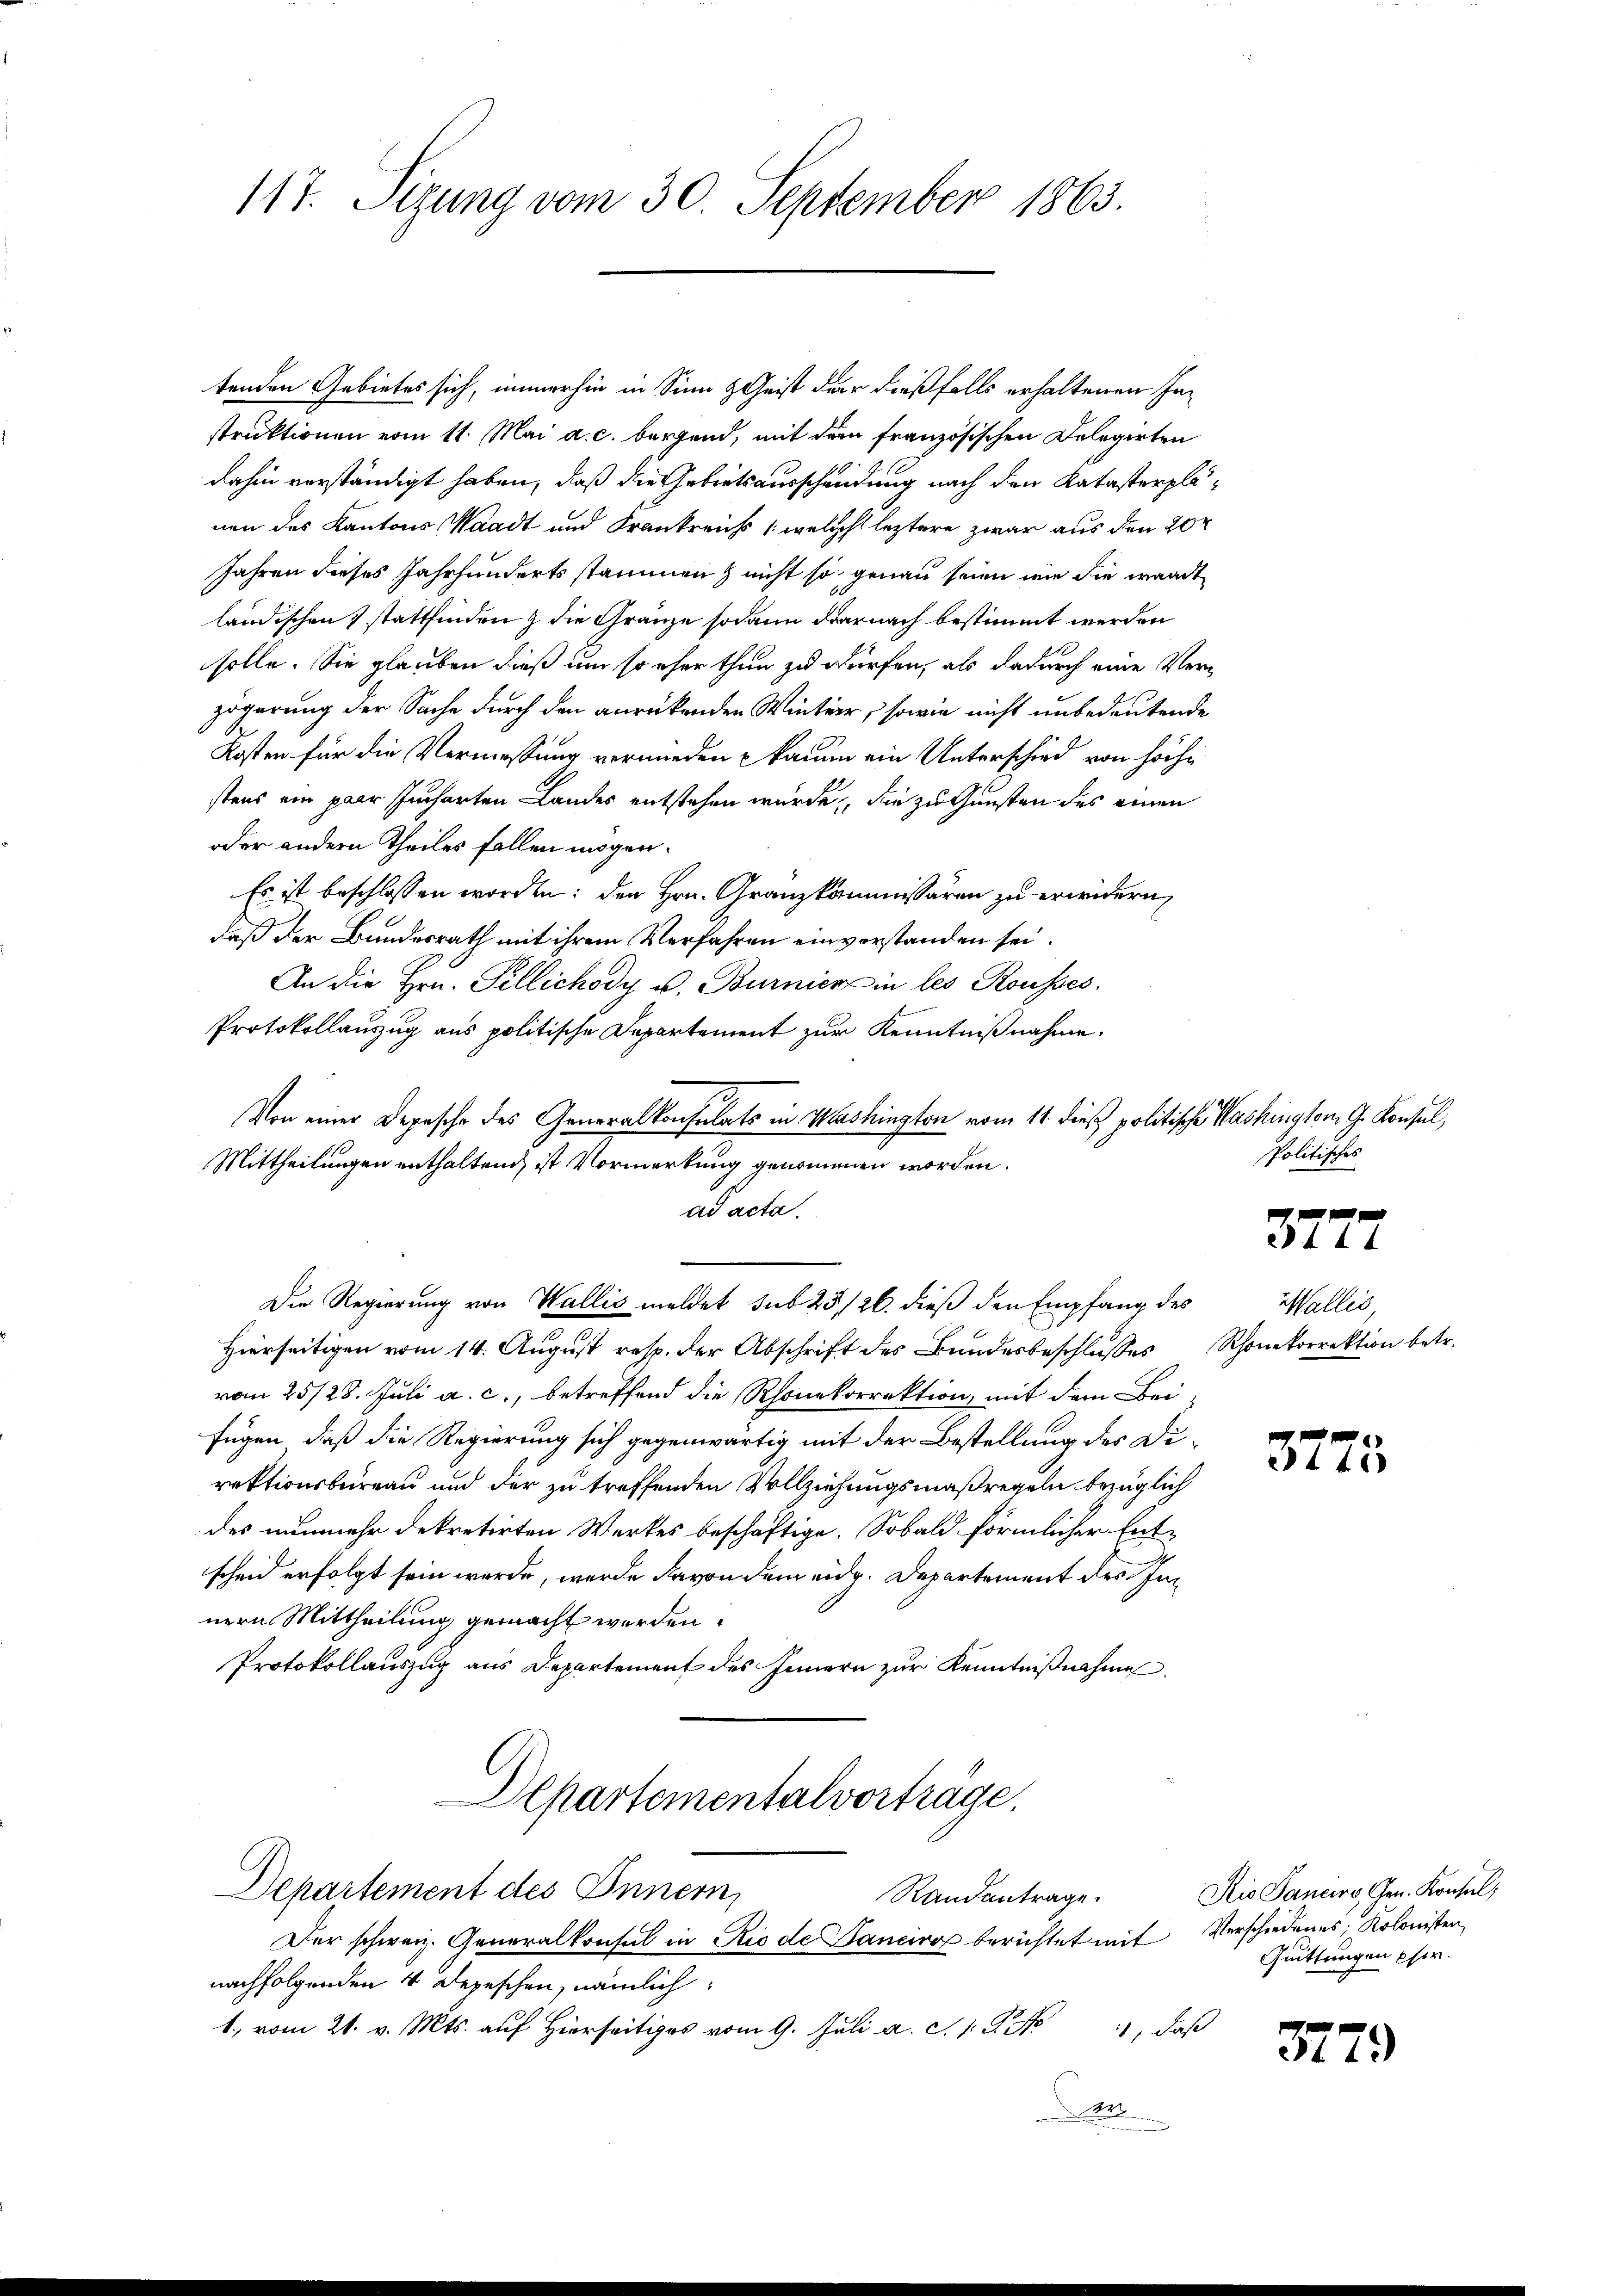
117. Sizung vom 30. September 1863.

tenden Gebietes sich, immerhin in Sinn & Geist der dießfalls erhaltenen Jastruktionen vom 11. Mai a. c. bergend, mit dem französischen Delegirten
dahin verständigt haben, daß die Gebietsausscheidung nach den Katasterplenen des Kantons Waadt und Frankreichs (welch leztere zwar aus den 20
Jahren dieses Jahrhunderts stammen nicht so genau seien wie die waadt
ländischen stattfinden & die Gränze sodann darnach bestimmt werden
solle. Sie glauben dieß um so eher thun zu dürfen, als dadurch eine Verzögerung der Sache durch den anrückenden Winter, sowie nicht unbedeutende
Kosten für die Vermessung vermieden kaum ein Unterschied von höche
stens ein paar Jucharten Landes entstehen würde, die zu Gunsten des einen
oder andern Theiles fallen mögen.
Es ist beschlossen worden; den Hrn. Granzkommissären zu erwidern,
daß der Bundesrath mit ihrem Verfahren ein vorstanden sei.
An die Hrn. Pellichody u. Burnier in les Rousses.
Protokollanzug aus politische Departement zur Kenntnißnahme.
Von einer Depesche des Generalkonsulats in Washingten vom 11. dieß politische Washington G. Konsul,
Mittheilungen enthaltend, ist Vormerkung genommen worden.
ad acta.
Die Regierung von Wallis meldet sub 25/26. dieß den Empfang des
Hierseitigen vom 14. August resp. der Abschrift des Bundesbeschlusses Schonekorrektion betr.
vom 25/28. Juli a. c., betreffend die Rhonekorrektion, mit dem Bei-
fügen, daß die Regierung sich gegenwärtig mit der Bestellung des Direktionsbüreau und der zu treffenden Vollziehungsmaßregeln bezüglich
des nunmehr dekretirten Werkes beschäftige. Sobald förmlicher Entscheid erfolgt sein werde, werde davon dem eidg. Departement des Innern Mittheilung gemacht werden.
Protokollauszug aus Departement des Innern zur Kenntnißnahme
Departementalvorträge.
Departement des Innern,
Randantrage.
Der schweiz. Generalkonsul in Rio de Banciro berichtet mit Verschiedenes. Kolonisten
nachfolgenden 4 Depeschen, nämlich
1. vom 21. v. Mts. auf hierseits vom 9. Jŭli a. c. 1. G. No 1, daβ
Ar

Politisches

f
211

Wallis,

3723

Rio Sancirs, Gen. Konsul,
Quittungen pfer.

377.